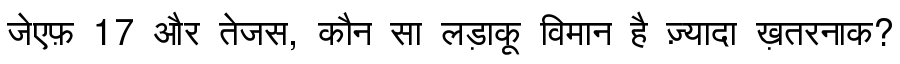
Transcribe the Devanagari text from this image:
जेएफ़ 17 और तेजस, कौन सा लड़ाकू विमान है ज़्यादा ख़तरनाक?